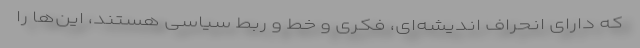
که دارای انحراف اندیشه‌ای، فکری و خط و ربط سیاسی هستند، این‌ها را